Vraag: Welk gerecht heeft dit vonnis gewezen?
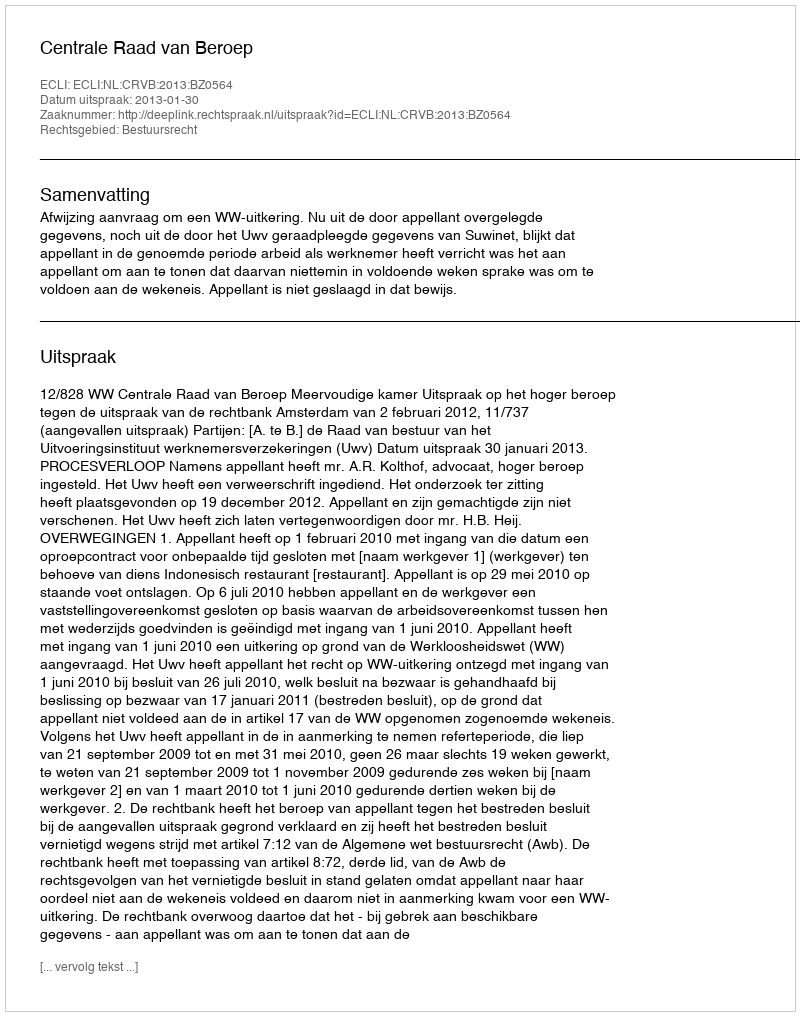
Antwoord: Centrale Raad van Beroep